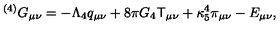
{ } ^ { ( 4 ) } G _ { \mu \nu } = - \Lambda _ { 4 } q _ { \mu \nu } + 8 \pi G _ { 4 } { \sf T } _ { \mu \nu } + \kappa _ { 5 } ^ { 4 } \pi _ { \mu \nu } - E _ { \mu \nu } ,